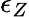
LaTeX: \epsilon_{Z}